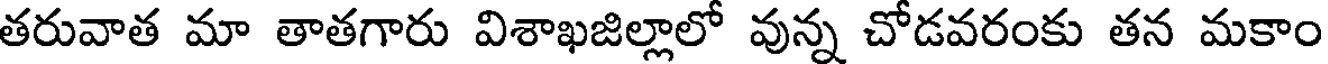
తరువాత మా తాతగారు విశాఖజిల్లాలో వున్న చోడవరంకు తన మకాం